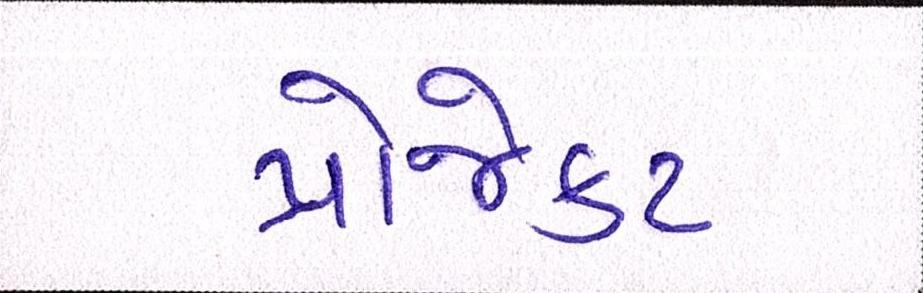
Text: પ્રોજેકટ